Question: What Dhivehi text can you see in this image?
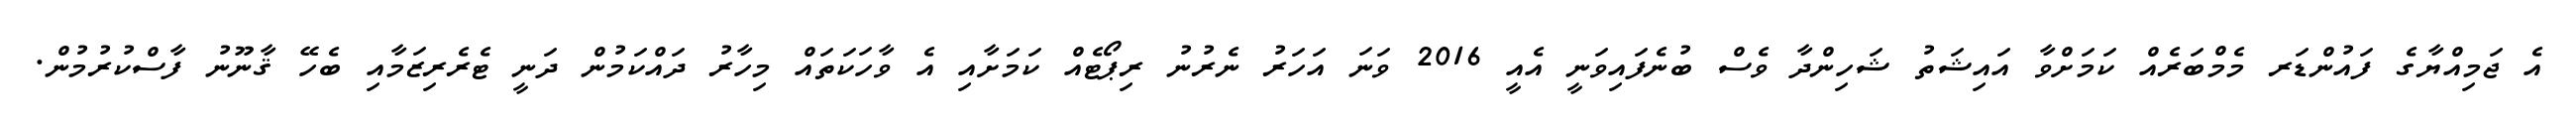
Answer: އެ ޖަމިއްޔާގެ ފައުންޑަރ މެމްބަރެއް ކަމަށްވާ އައިޝަތު ޝަހިންދާ ވެސް ބުނެފައިވަނީ އެއީ 2016 ވަނަ އަހަރު ނެރުނު ރިޕޯޓެއް ކަމަށާއި އެ ވާހަކަތައް މިހާރު ދައްކަމުން ދަނީ ޓެރެރިޒަމާއި ބެހޭ ޤާނޫނު ފާސްކުރުމުން.